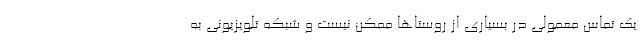
یک تماس معمولی در بسیاری از روستاها ممکن نیست و شبکه تلویزیونی به